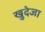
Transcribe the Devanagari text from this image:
खुदेजा